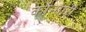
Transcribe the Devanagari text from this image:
कोन्गारी